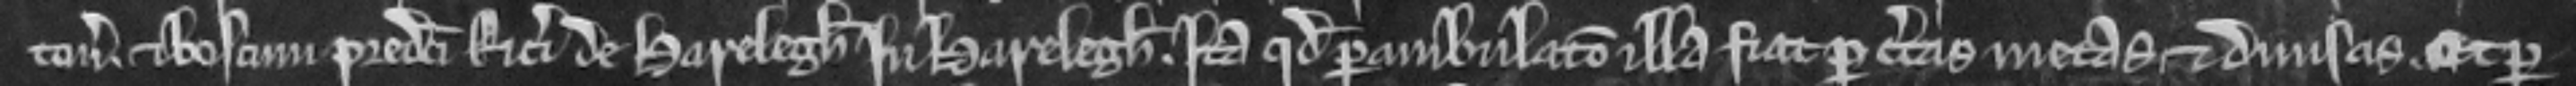
ton et boscum predicti Ricardi de Harelegh in Harelegh. ita quod perambulacio illa fiat per certas metas et divisas. Et per